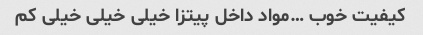
کیفیت خوب …مواد داخل پیتزا خیلی خیلی خیلی کم